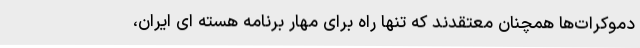
دموکرات‌ها همچنان معتقدند که تنها راه برای مهار برنامه هسته ای ایران،